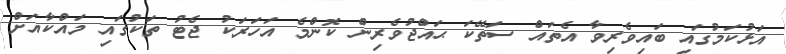
އަޅުކަމުގައި ބައިވެރިވާ އެތައް ސަތޭކަ ޙައްޖުވެރިން ކޮންމެ އަހަރަކު ޖެޓު ތަކުގައި މައްކާއަށް